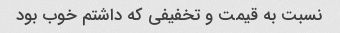
نسبت به قیمت و تخفیفی که داشتم خوب بود